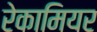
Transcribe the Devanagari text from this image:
रेकामियर